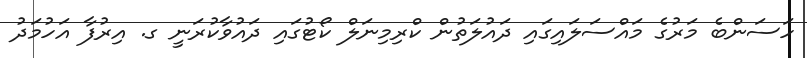
ހަސަންބެ މަރުގެ މައްސަލައިގައި ދައުލަތުން ކްރިމިނަލް ކޯޓުގައި ދައުވާކުރަނީ ގ. އިރުފާ އަހުމަދު